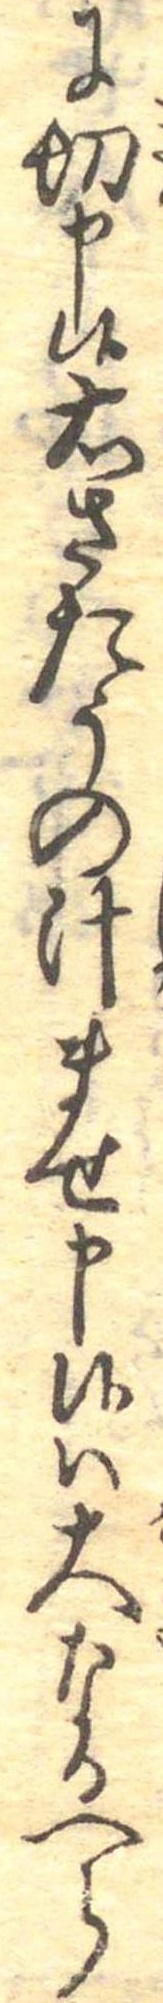
に切申候右さたうの汁ませ申候は大なるへら